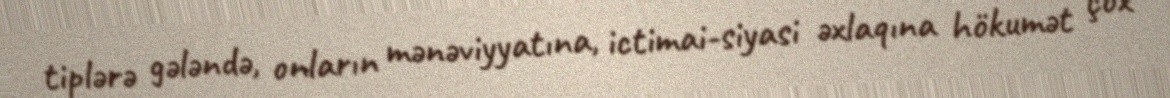
tiplərə gələndə, onların mənəviyyatına, ictimai-siyasi əxlaqına hökumət çox